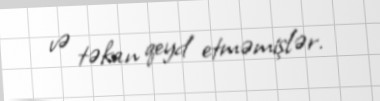
və təkan qeyd etməmişlər.